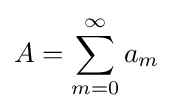
A=\sum _{m=0}^{\infty }a_{m}